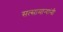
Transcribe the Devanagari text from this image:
सत्सामान्यांनी